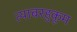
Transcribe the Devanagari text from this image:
त्याबरहुकूम